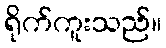
ရိုက်ကူးသည်။